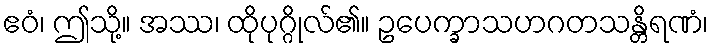
ဧဝံ၊ ဤသို့။ အဿ၊ ထိုပုဂ္ဂိုလ်၏။ ဥပေက္ခာသဟဂတသန္တိရဏံ၊